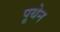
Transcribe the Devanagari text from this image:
पूथेन